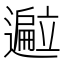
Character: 𬩢